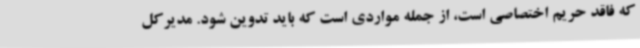
که فاقد حریم اختصاصی است، از جمله مواردی است که باید تدوین شود. مدیرکل